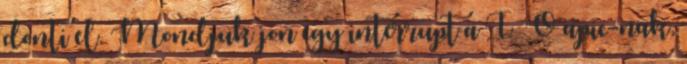
donti el. Mondjuk jon egy interrupt a I O apic-nak,